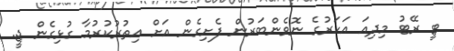
ޓީ ރޭޓު މިދިއަ އަހަރުގެ ނޮވެންބަރުން ފެށިގެން އަށް އިތުރުކުރުމާ ގުޅިގެން ޖީ.